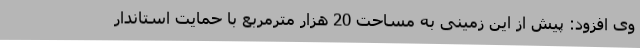
وی افزود: پیش از این زمینی به مساحت 20 هزار مترمربع با حمایت استاندار